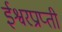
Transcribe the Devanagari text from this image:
ईश्वरप्राप्‍ती